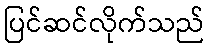
ပြင်ဆင်လိုက်သည်